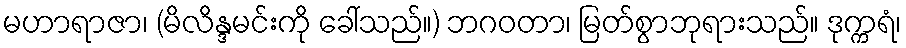
မဟာရာဇာ၊ (မိလိန္ဒမင်းကို ခေါ်သည်။) ဘဂဝတာ၊ မြတ်စွာဘုရားသည်။ ဒုက္ကရံ၊